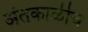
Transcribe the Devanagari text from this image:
अंतकाळीच